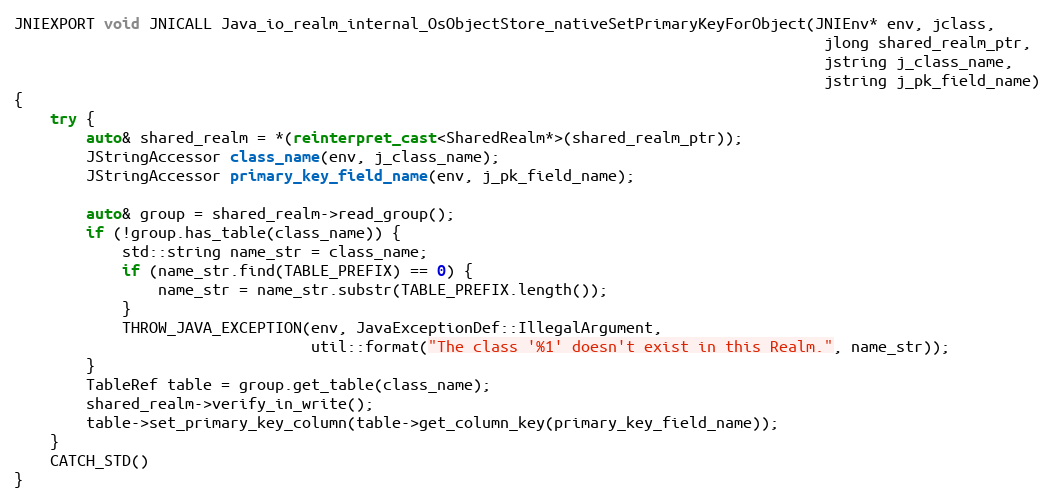
Language: C++
JNIEXPORT void JNICALL Java_io_realm_internal_OsObjectStore_nativeSetPrimaryKeyForObject(JNIEnv* env, jclass,
                                                                                          jlong shared_realm_ptr,
                                                                                          jstring j_class_name,
                                                                                          jstring j_pk_field_name)
{
    try {
        auto& shared_realm = *(reinterpret_cast<SharedRealm*>(shared_realm_ptr));
        JStringAccessor class_name(env, j_class_name);
        JStringAccessor primary_key_field_name(env, j_pk_field_name);

        auto& group = shared_realm->read_group();
        if (!group.has_table(class_name)) {
            std::string name_str = class_name;
            if (name_str.find(TABLE_PREFIX) == 0) {
                name_str = name_str.substr(TABLE_PREFIX.length());
            }
            THROW_JAVA_EXCEPTION(env, JavaExceptionDef::IllegalArgument,
                                 util::format("The class '%1' doesn't exist in this Realm.", name_str));
        }
        TableRef table = group.get_table(class_name);
        shared_realm->verify_in_write();
        table->set_primary_key_column(table->get_column_key(primary_key_field_name));
    }
    CATCH_STD()
}